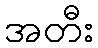
အတီး